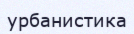
урбанистика